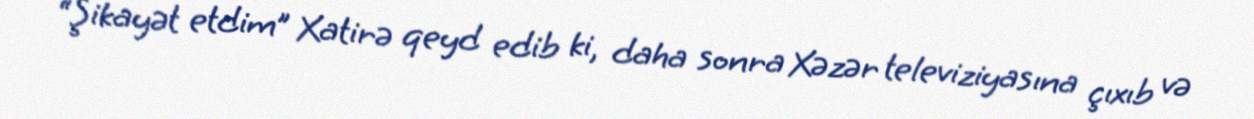
“Şikayət etdim” Xatirə qeyd edib ki, daha sonra Xəzər televiziyasına çıxıb və